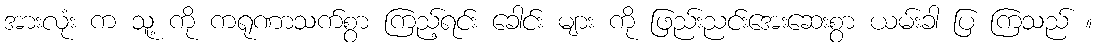
အားလုံး က သူ့ ကို ကရုဏာသက်စွာ ကြည့်ရင်း ခေါင်း များ ကို ဖြည်းညင်းအေးဆေးစွာ ယမ်းခါ ပြ ကြသည် ။